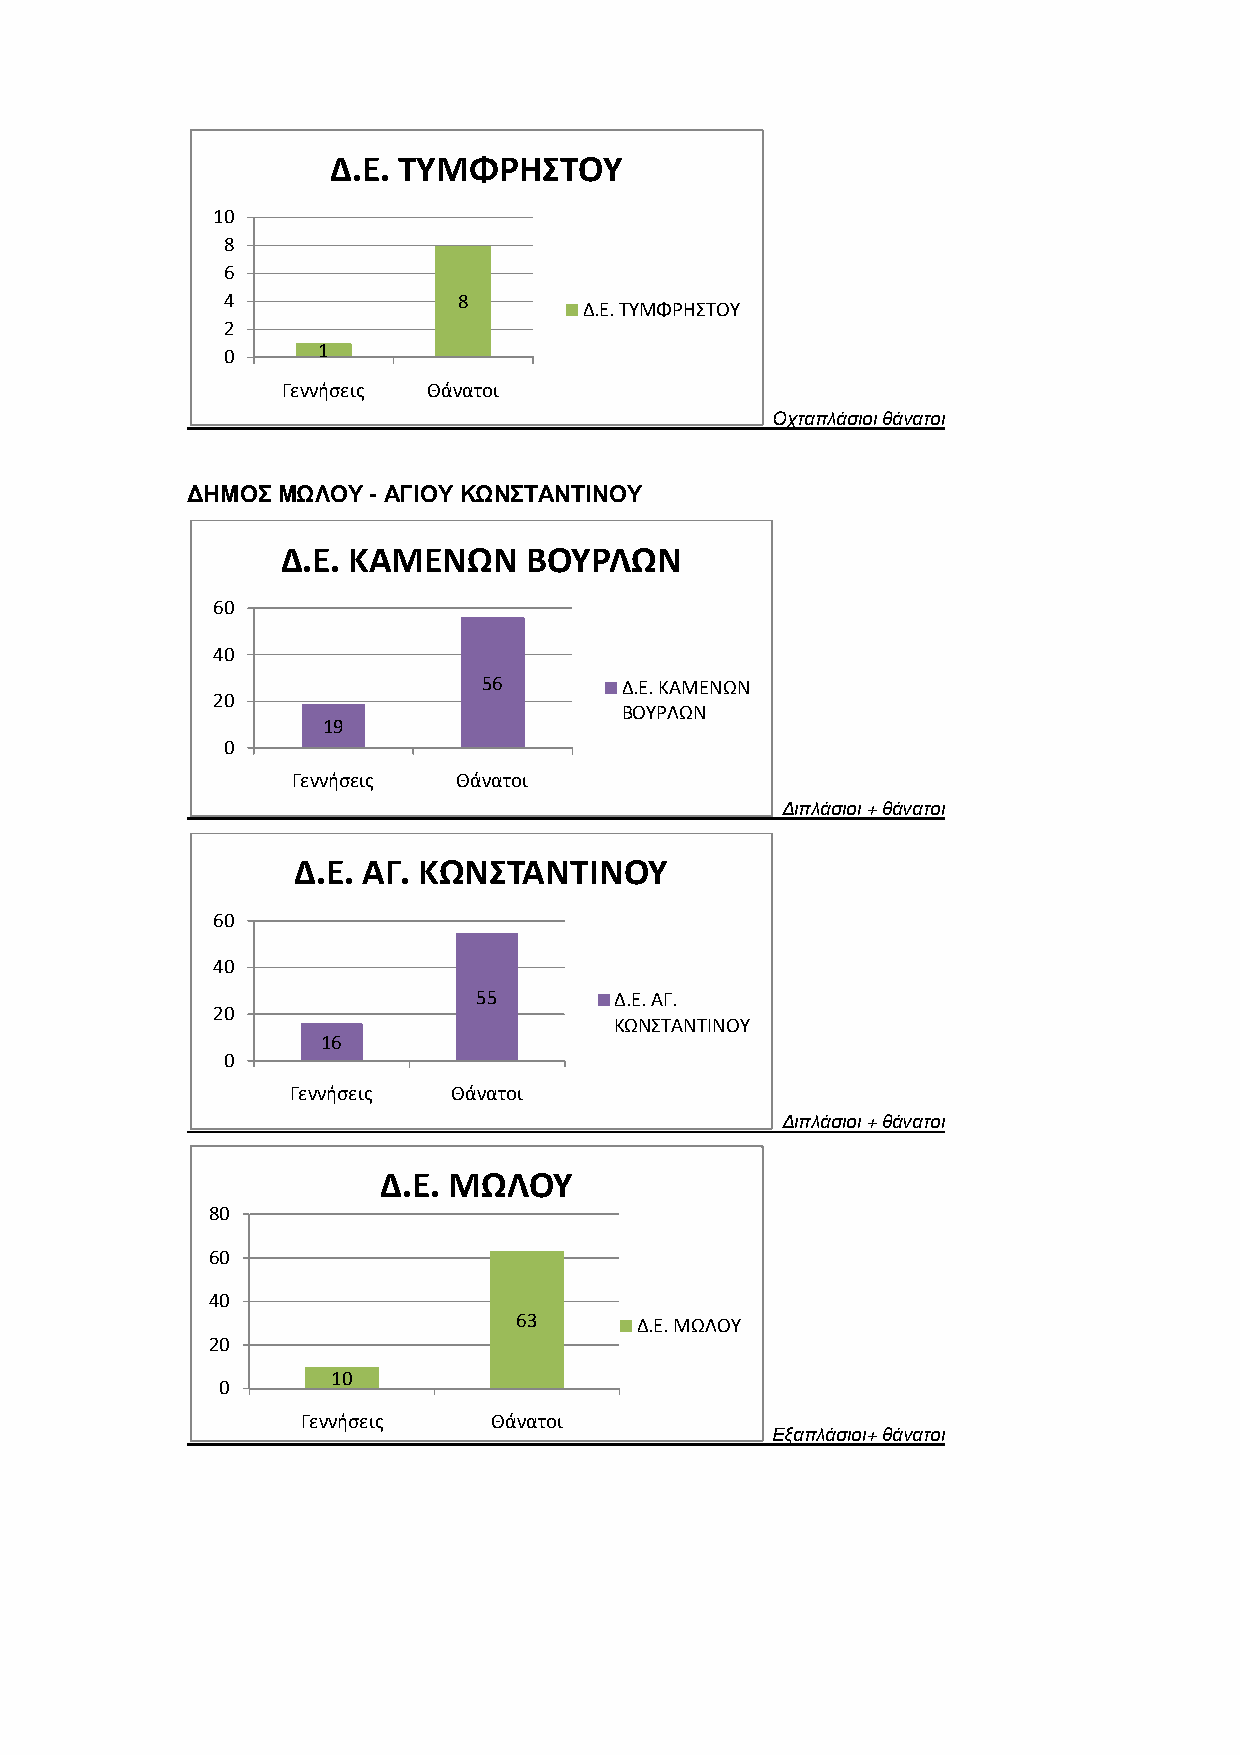
Δ.Ε. ΤΥΜΦΡΗΣΤΟΥ
 10
 8
 6
 4              8
 Δ.Ε. ΤΥΜΦΡΗΣΤΟΥ
 2
 0     1
 Γεννήσεις Θάνατοι
 Οχταπλάσιοι θάνατοι
 ΔΗΜΟΣ ΜΩΛΟΥ - ΑΓΙΟΥ ΚΩΝΣΤΑΝΤΙΝΟΥ
 Δ.Ε. ΚΑΜΕΝΩΝ    ΒΟΥΡΛΩΝ
 60
 40
 56       Δ.Ε. ΚΑΜΕΝΩΝ
 20
 ΒΟΥΡΛΩΝ
 19
 0
 Γεννήσεις  Θάνατοι
 Διπλάσιοι + θάνατοι
 Δ.Ε. ΑΓ. ΚΩΝΣΤΑΝΤΙΝΟΥ
 60
 40
 55       Δ.Ε. ΑΓ.
 20
 ΚΩΝΣΤΑΝΤΙΝΟΥ
 16
 0
 Γεννήσεις  Θάνατοι
 Διπλάσιοι + θάνατοι
 Δ.Ε. ΜΩΛΟΥ
 80
 60
 40
 63      Δ.Ε. ΜΩΛΟΥ
 20
 10
 0
 Γεννήσεις    Θάνατοι
 Εξαπλάσιοι+ θάνατοι